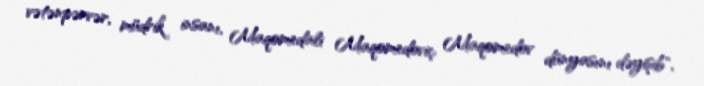
vətənpərvər, müdrik insanı, Maqomedali Maqomedoviç Maqomedov dünyasını dəyişib",